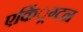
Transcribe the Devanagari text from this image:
एकिं्रग्टन